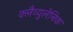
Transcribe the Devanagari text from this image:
क्लैव्युलेनिक